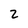
Character: Z